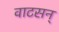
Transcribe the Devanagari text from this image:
वाटसन्